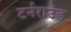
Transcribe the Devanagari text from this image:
टर्नराउंड